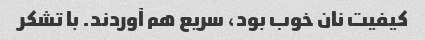
کیفیت نان خوب بود، سریع هم آوردند. با تشکر